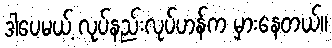
ဒါပေမယ့် လုပ်နည်းလုပ်ဟန်က မှားနေတယ်။